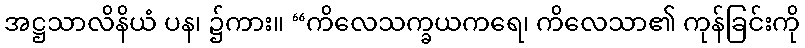
အဋ္ဌသာလိနိယံ ပန၊ ၌ကား။ “ကိလေသက္ခယကရေ၊ ကိလေသာ၏ ကုန်ခြင်းကို